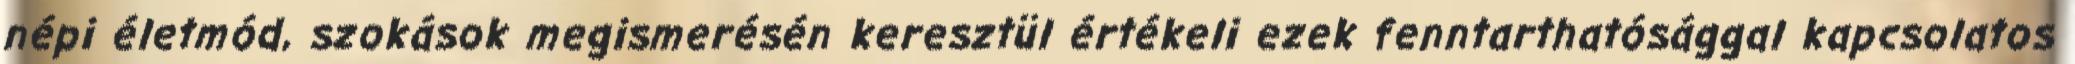
népi életmód, szokások megismerésén keresztül értékeli ezek fenntarthatósággal kapcsolatos